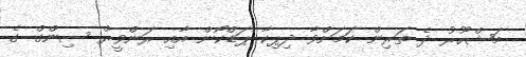
މަޝްހޫރު ދެ ތަރިން ކަމަށްވާ ދިޕިކާ ޕަޑްކޯން އާއި ރަންވީރް ސިންގް ގެ